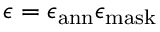
\epsilon = \epsilon _ { \mathrm { a n n } } \epsilon _ { \mathrm { m a s k } }